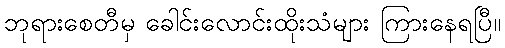
ဘုရားစေတီမှ ခေါင်းလောင်းထိုးသံများ ကြားနေရပြီ။